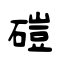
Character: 磑